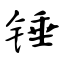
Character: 锤